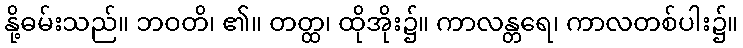
နို့ဓမ်းသည်။ ဘဝတိ၊ ၏။ တတ္ထ၊ ထိုအိုး၌။ ကာလန္တရေ၊ ကာလတစ်ပါး၌။